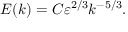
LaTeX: E ( k ) = C \varepsilon ^ { 2 / 3 } k ^ { - 5 / 3 } .